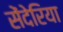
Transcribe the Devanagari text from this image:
सेंदेरिया